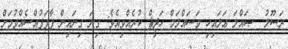
ރަސޫލު  ޞައްލަ ޢަލައިހި ވަސައްލަމް ހަދީޘް ކުރެއްވިއެވެ: ގިނަ ގިނައިން ފާފަފުއްސެއްވުމަށް